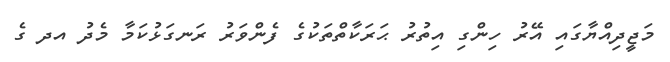
މަޖީދިއްޔާގައި އޭރު ހިންގި އިތުރު ޙަރަކާތްތަކުގެ ފެންވަރު ރަނގަޅުކަމާ މެދު އދ ގެ